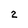
Character: 2